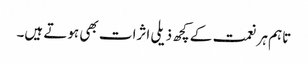
تاہم ہر نعمت کے کچھ ذیلی اثرات بھی ہوتے ہیں۔